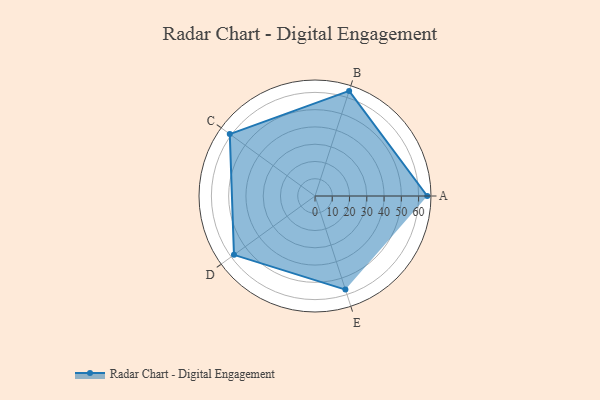
{"axis": {"x": "Skill", "y": "Score"}, "legend": ["Profile"], "data": [{"x": "A", "y": 65.0, "type": "Profile"}, {"x": "B", "y": 64.0, "type": "Profile"}, {"x": "C", "y": 61.0, "type": "Profile"}, {"x": "D", "y": 58.0, "type": "Profile"}, {"x": "E", "y": 57.0, "type": "Profile"}]}